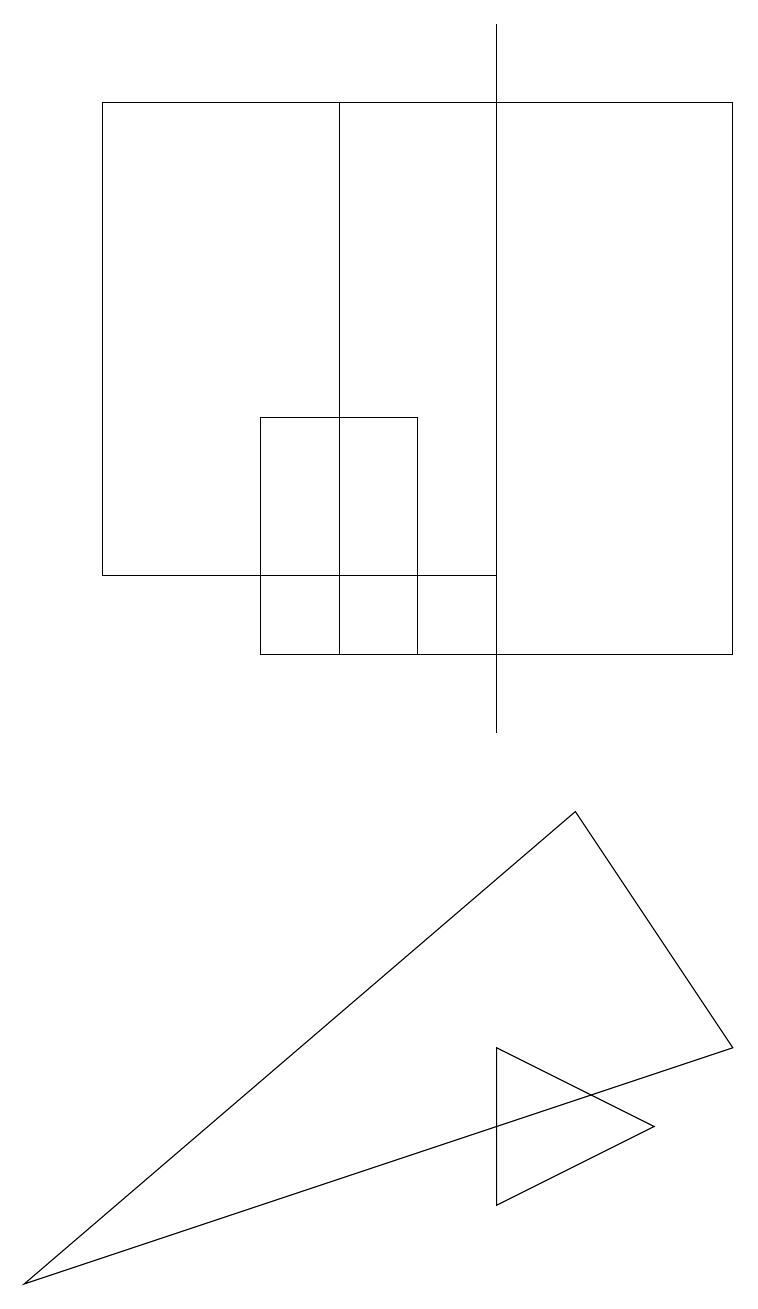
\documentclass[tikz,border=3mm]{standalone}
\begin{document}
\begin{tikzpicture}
\draw (6,12) rectangle (1,18);
\draw (4,11) rectangle (9,18);
\draw (6,4) -- (6,6) -- (8,5) -- cycle;
\draw (5,11) rectangle (3,14);
\draw (6,19) rectangle (6,10);
\draw (9,6) -- (7,9) -- (0,3) -- cycle;
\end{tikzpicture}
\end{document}